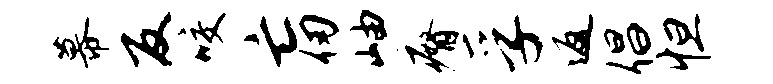
幕反咬亡仞岫瘠孚返倡怛